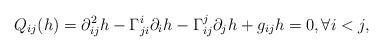
\begin{align*} Q_{ij}(h)=\partial^2_{ij}h-\Gamma_{ji}^i\partial_ih-\Gamma_{ij}^j\partial_jh+g_{ij}h=0, \forall i< j, \end{align*}